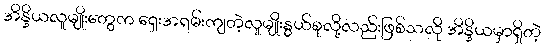
အိန္ဒိယလူမျိုးတွေက ရှေးအရမ်းကျတဲ့လူမျိုးနွယ်စုလို့လည်းဖြစ်သလို အိန္ဒိယမှာရှိတဲ့